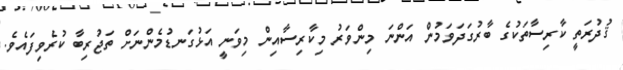
ޤުދުރަތީ ކާރިސާތަކުގެ ބާރުގަދަވަމުން އަންނަ މިންވަރު މިކާރިސާއިން މިވަނީ އަޅުގަނޑުމެންނަށް ތަޖުރިބާ ކުރެވިފައެވެ.